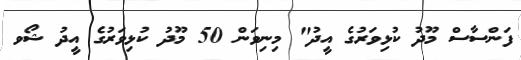
ފަންސާސް މޫދު ކުޅިވަރުގެ އީދު" މިނިވަން 50 މޫދު ކުޅިވަރުގެ އީދު ޝޯވ